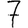
Digit: 7